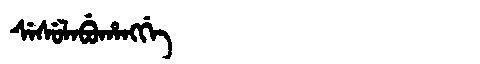
Manchu: ᠰᡝᠰᡠᠯᠠᠪᡠᡥᠠᠩᡤᡝ
Romanization: SESULABUHANGGE